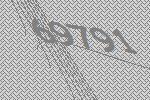
69791